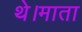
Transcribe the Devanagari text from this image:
थे।माता